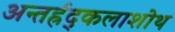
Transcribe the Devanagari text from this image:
अन्तर्ह्रद्कलाशोथ